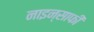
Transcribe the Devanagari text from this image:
नाइन्साफी